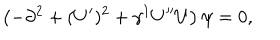
\left( - \partial ^ { 2 } + ( U ^ { \prime } ) ^ { 2 } + \gamma ^ { 1 } U ^ { \prime \prime } U \right) \psi = 0 ,